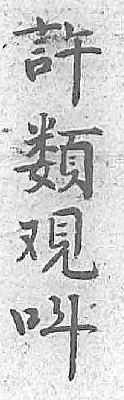
許呌𩔗 覌